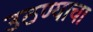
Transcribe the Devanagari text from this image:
उठण्याचा